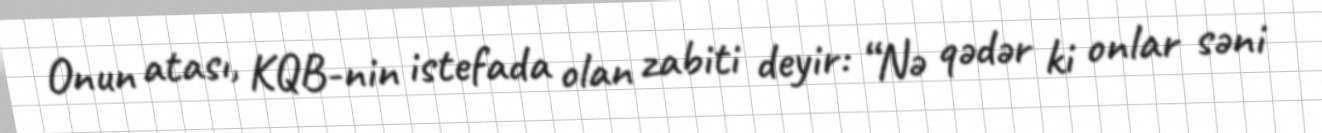
Onun atası, KQB-nin istefada olan zabiti deyir: “Nə qədər ki onlar səni